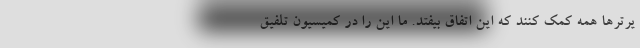
یرترها همه کمک کنند که این اتفاق بیفتد. ما این را در کمیسیون تلفیق